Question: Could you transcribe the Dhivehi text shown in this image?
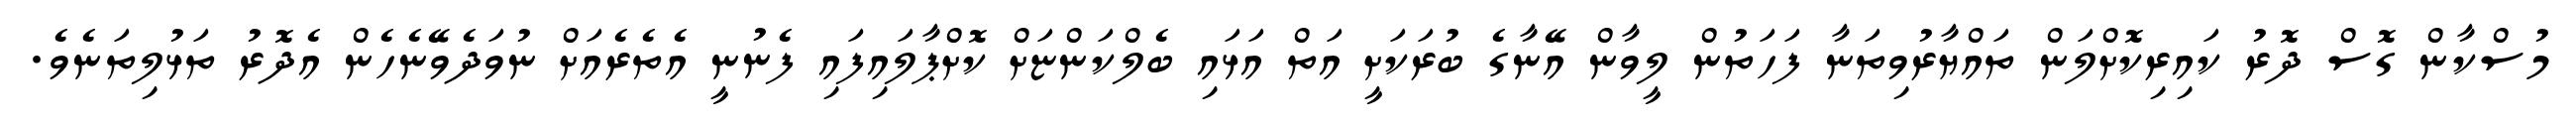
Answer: މުސްކާން ގޮސް ދޮރު ކައިރިކޮށްލަން ތައްޔާރުވިތަނާ ފަހަތުން ލީވާން އޭނާގެ ބުރަކަށީ އަތް އަޅައި ބެލްކަންޏަށް ކޮށްޕާލައިފައި ފެނުނީ އެތެރެއަށް ނުވަދެވޭނެހެން އެދޮރު ތަޅުލިތަނެވެ.